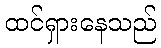
ထင်ရှားနေသည်